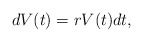
\begin{align*}dV(t)=rV(t)dt,\end{align*}